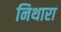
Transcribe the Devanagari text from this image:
निथारा